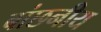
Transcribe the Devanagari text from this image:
बांछनीय